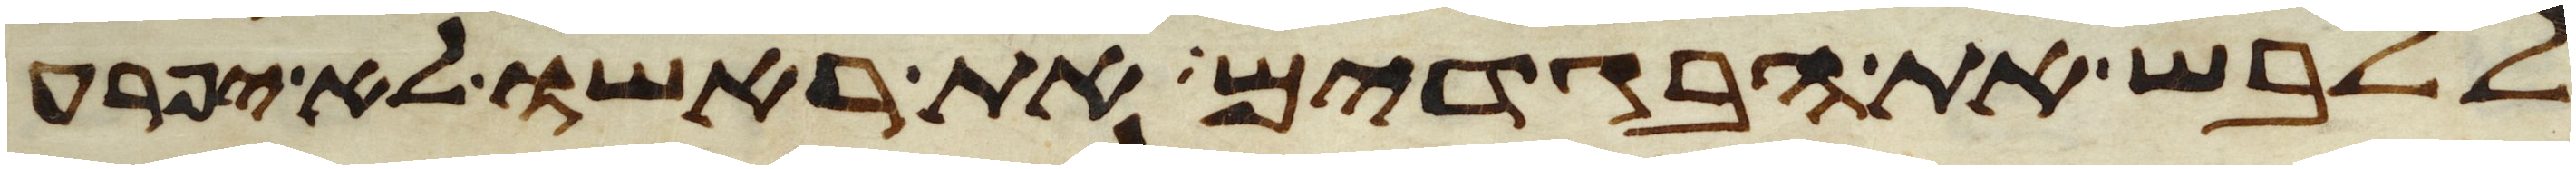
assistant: ללבש את הבגדים את ראשו לא יפרע